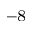
^ { - 8 }